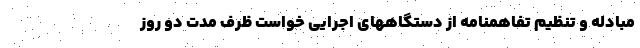
مبادله و تنظیم تفاهمنامه از دستگاههای اجرایی خواست ظرف مدت دو روز